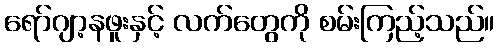
ရော်ဂျာ့နဖူးနှင့် လက်တွေကို စမ်းကြည့်သည်။